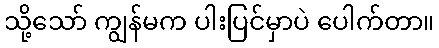
သို့သော် ကျွန်မက ပါးပြင်မှာပဲ ပေါက်တာ။